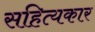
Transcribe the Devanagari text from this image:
सहित्यकार